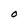
Character: O